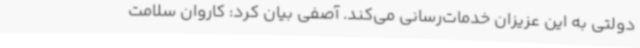
دولتی به این عزیزان خدمات‌رسانی می‌کند. آصفی بیان کرد: کاروان سلامت